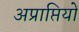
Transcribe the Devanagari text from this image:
अप्राप्तियों